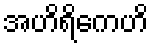
အဟိရိကေဟိ